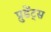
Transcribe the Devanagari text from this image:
प्रुडेंट्स